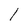
Character: l